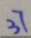
3 7